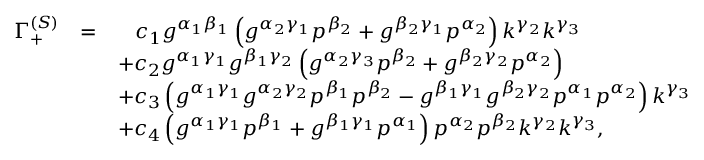
\begin{array} { r c l } { { \Gamma _ { + } ^ { ( S ) } } } & { { = } } & { { \; \; \; c _ { 1 } g ^ { \alpha _ { 1 } \beta _ { 1 } } \left( g ^ { \alpha _ { 2 } \gamma _ { 1 } } p ^ { \beta _ { 2 } } + g ^ { \beta _ { 2 } \gamma _ { 1 } } p ^ { \alpha _ { 2 } } \right) k ^ { \gamma _ { 2 } } k ^ { \gamma _ { 3 } } } } \\ { { } } & { { } } & { { + c _ { 2 } g ^ { \alpha _ { 1 } \gamma _ { 1 } } g ^ { \beta _ { 1 } \gamma _ { 2 } } \left( g ^ { \alpha _ { 2 } \gamma _ { 3 } } p ^ { \beta _ { 2 } } + g ^ { \beta _ { 2 } \gamma _ { 2 } } p ^ { \alpha _ { 2 } } \right) } } \\ { { } } & { { } } & { { + c _ { 3 } \left( g ^ { \alpha _ { 1 } \gamma _ { 1 } } g ^ { \alpha _ { 2 } \gamma _ { 2 } } p ^ { \beta _ { 1 } } p ^ { \beta _ { 2 } } - g ^ { \beta _ { 1 } \gamma _ { 1 } } g ^ { \beta _ { 2 } \gamma _ { 2 } } p ^ { \alpha _ { 1 } } p ^ { \alpha _ { 2 } } \right) k ^ { \gamma _ { 3 } } } } \\ { { } } & { { } } & { { + c _ { 4 } \left( g ^ { \alpha _ { 1 } \gamma _ { 1 } } p ^ { \beta _ { 1 } } + g ^ { \beta _ { 1 } \gamma _ { 1 } } p ^ { \alpha _ { 1 } } \right) p ^ { \alpha _ { 2 } } p ^ { \beta _ { 2 } } k ^ { \gamma _ { 2 } } k ^ { \gamma _ { 3 } } , } } \end{array}